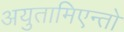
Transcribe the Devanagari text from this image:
अयुतामिएन्तो